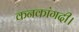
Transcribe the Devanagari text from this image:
कनकांगदी।